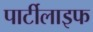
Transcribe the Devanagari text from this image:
पार्टीलाइफ